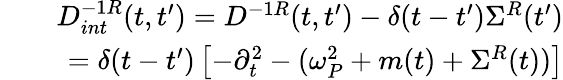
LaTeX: \begin{array}{rlr}&{}&{D_{int}^{-1R}(t,t^{\prime})=D^{-1R}(t,t^{\prime})-\delta(t-t^{\prime})\Sigma^{R}(t^{\prime})}\\ &{}&{=\delta(t-t^{\prime})\left[-\partial_{t}^{2}-(\omega_{P}^{2}+m(t)+\Sigma^{R}(t))\right]}\end{array}